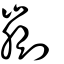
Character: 剻